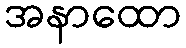
အနာထော